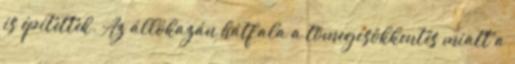
is építettek. Az állókazán hátfala a tömegcsökkentés miatt a